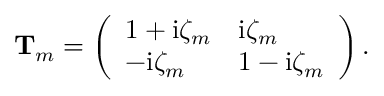
\begin{array} { r } { \mathbf T _ { m } = \left( \begin{array} { l l } { 1 + \mathrm { i } \zeta _ { m } } & { \mathrm { i } \zeta _ { m } } \\ { - \mathrm { i } \zeta _ { m } } & { 1 - \mathrm { i } \zeta _ { m } } \end{array} \right) . } \end{array}